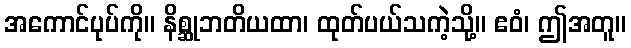
အကောင်ပုပ်ကို။ နိစ္ဆုဘတိယထာ၊ ထုတ်ပယ်သကဲ့သို့။ ဧဝံ၊ ဤအတူ။